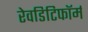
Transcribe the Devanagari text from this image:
रेवडिटिफॉर्म